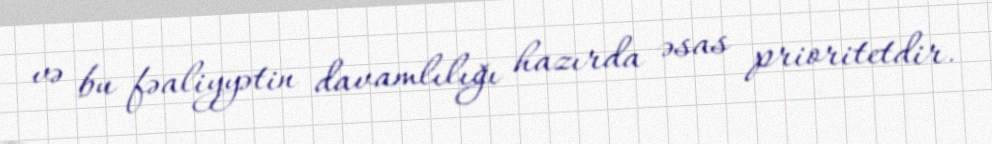
və bu fəaliyyətin davamlılığı hazırda əsas prioritetdir.